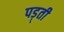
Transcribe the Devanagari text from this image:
पड़्ती